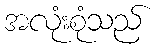
အလုံးစုံသည်